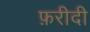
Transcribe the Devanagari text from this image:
फ़रीदी